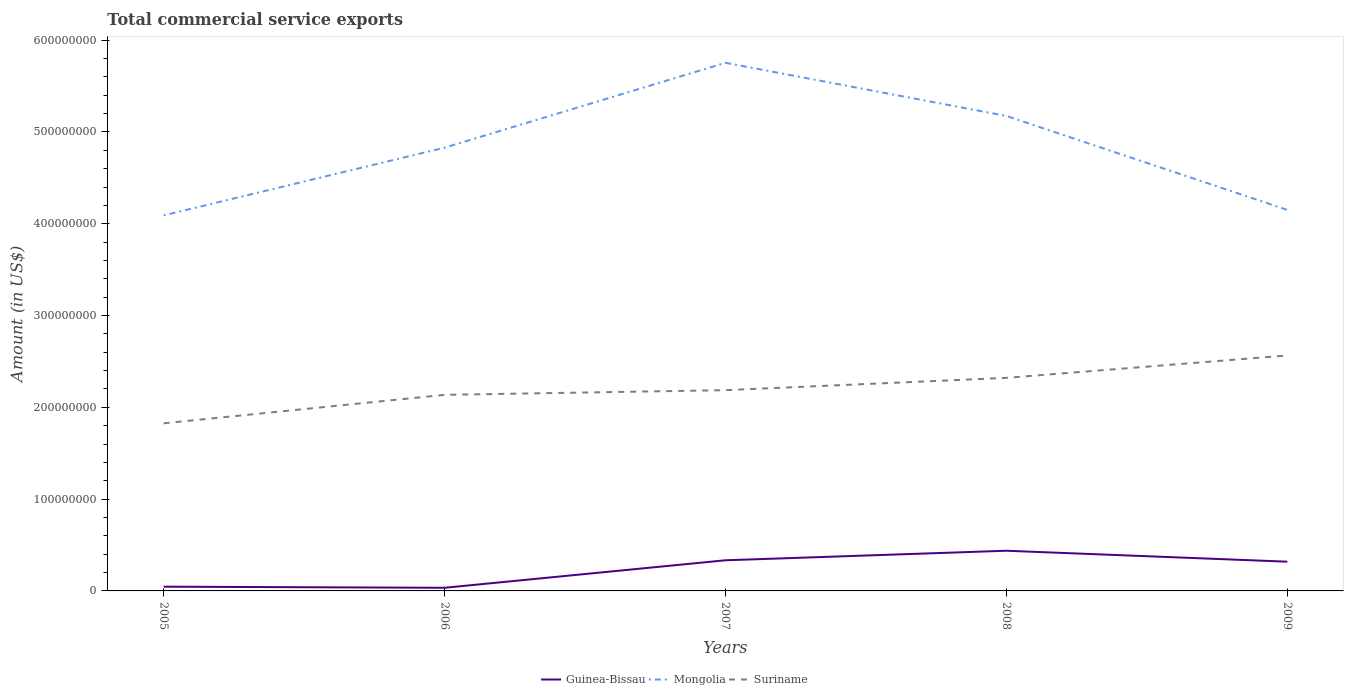
| Years | Guinea-Bissau | Mongolia | Suriname |
 | --- | --- | --- | --- |
 | 2005 | 4.63e+06 | 4.09e+08 | 1.83e+08 |
 | 2006 | 3.43e+06 | 4.83e+08 | 2.14e+08 |
 | 2007 | 3.34e+07 | 5.75e+08 | 2.19e+08 |
 | 2008 | 4.38e+07 | 5.17e+08 | 2.32e+08 |
 | 2009 | 3.19e+07 | 4.15e+08 | 2.56e+08 |